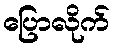
ပြောလိုက်